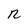
Character: R